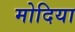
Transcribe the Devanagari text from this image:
मोदिया